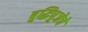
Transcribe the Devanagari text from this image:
बुद्धिपूजेचे